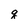
Character: q